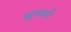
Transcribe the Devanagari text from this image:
ख़ुषकी